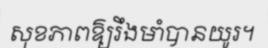
សុខភាពឱ្យរឹងមាំបានយូរ។